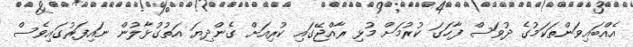
އެއްބައިވަންތަކަމުގެ ދުވަސް ފާހަގަ ކުރުމަށް މުޅި ރާއްޖޭގައި ކުރިއަށް ގެންދިޔަ އަތުގުޅާލުން ނައިފަރުގައިވެސް